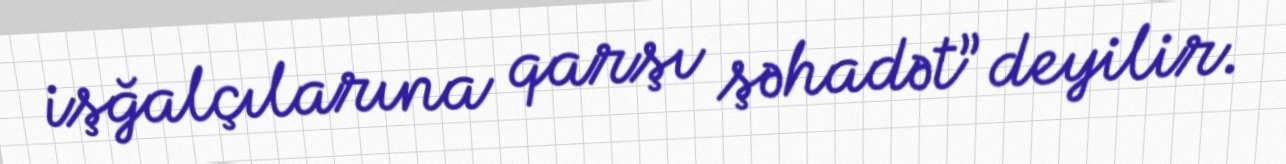
işğalçılarına qarşı şəhadət” deyilir.